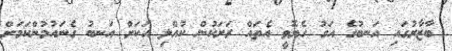
ބާޒާރުގައި އަނބުގެ އަގު ހެޔޮވީ އެތައް ރަށަކުން ކުއްލި އަކަށް އަނބު ގެނައުމުންކަމަށް